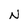
Character: N